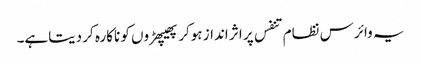
یہ وائرس نظام تنفس پر اثر انداز ہوکر پھیپھڑوں کو ناکارہ کر دیتاہے۔